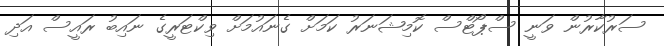
ސަރުކާރުން ވަނީ ސްޕޯޓްސް ކޮމިޝަނަރު ކަމަށް ގެނައުމަށް ވިކްޓަރީގެ ނައިބު ރައީސް އަދި